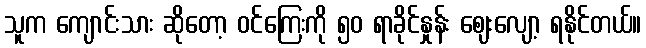
သူက ကျောင်းသား ဆိုတော့ ဝင်ကြေးကို ၅၀ ရာခိုင်နှုန်း ဈေးလျော့ ရနိုင်တယ်။